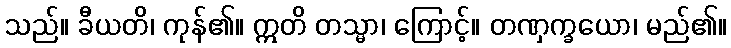
သည်။ ခီယတိ၊ ကုန်၏။ ဣတိ တသ္မာ၊ ကြောင့်။ တဏှက္ခယော၊ မည်၏။